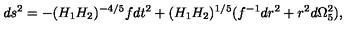
d s ^ { 2 } = - ( H _ { 1 } H _ { 2 } ) ^ { - 4 / 5 } f d t ^ { 2 } + ( H _ { 1 } H _ { 2 } ) ^ { 1 / 5 } ( f ^ { - 1 } d r ^ { 2 } + r ^ { 2 } d \Omega _ { 5 } ^ { 2 } ) ,